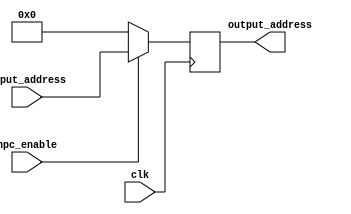
`timescale 1ns / 1ps
//////////////////////////////////////////////////////////////////////////////////
// Company: 
// Engineer: 
// 
// Design Name: 
// Module Name:    NPC 
// Project Name: 
// Target Devices: 
// Tool versions: 
// Description: 
//
// Dependencies: 
//
// Revision: 
// Revision 0.01 - File Created
// Additional Comments: 
//
//////////////////////////////////////////////////////////////////////////////////
module NPC(
    input [31:0] input_address,
    input clk,
	 input npc_enable,
	 output reg[31:0] output_address
    );

	always@(negedge clk) begin
		output_address = (npc_enable==1)? input_address : 32'h00000000;
	end
	
endmodule